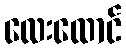
လေးထောင်